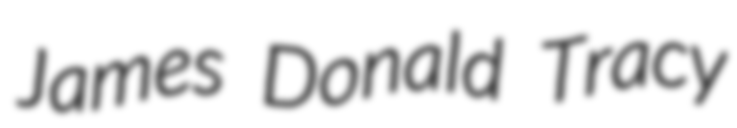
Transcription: James Donald Tracy